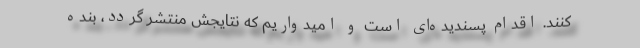
کنند. اقدام پسندیده‌ای است و امیدواریم که نتایجش منتشر گردد، بنده